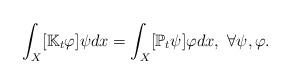
LaTeX: \begin{align*}\int_{X}[\mathbb{K}_t \varphi]\psi dx=\int_{X}[\mathbb{P}_t \psi]\varphi dx,~ \forall \psi, \varphi.\end{align*}